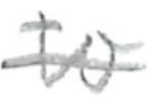
Text: to
Cross-out: single-line
Writing tool: pencil